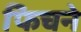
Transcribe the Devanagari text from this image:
फिचने